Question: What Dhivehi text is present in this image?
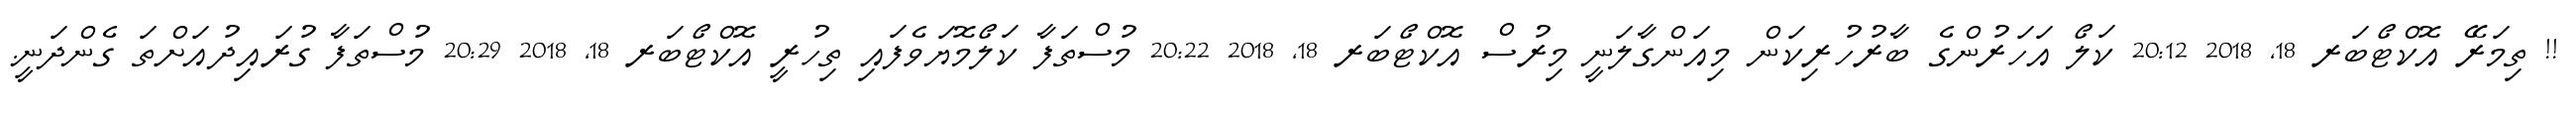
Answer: !! ތިމަރޭ އޮކްޓޯބަރ 18, 2018 20:12 ކަލޯ އަހަރުންގެ ބާރުހުރިކަން މިއަންގާލަނީ މިރުސް އޮކްޓޯބަރ 18, 2018 20:22 މުސްތަފާ ކަލޯމޮޔަވެފައި ތިހުރީ އޮކްޓޯބަރ 18, 2018 20:29 މުސްތަފާ ގުރައިދުއަށްތަ ގެންދަނީ.